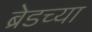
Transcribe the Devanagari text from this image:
ब्रेडच्या